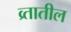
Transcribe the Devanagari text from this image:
व्र्तातील